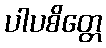
ပါပစိတ္တေ